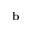
{ \bf b }